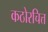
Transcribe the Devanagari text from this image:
कठोरचित्त